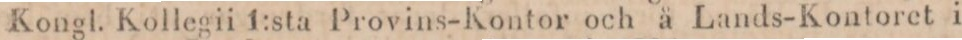
Kongl. Kollegii 1:sta Provins-Kontor och å Lands-Kontoret i